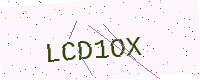
Text: LCD1OX